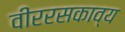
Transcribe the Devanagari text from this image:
वीररसकाव्य